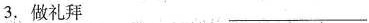
3.做礼拜 ___